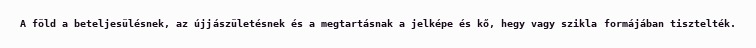
A föld a beteljesülésnek, az újjászületésnek és a megtartásnak a jelképe és kő, hegy vagy szikla formájában tisztelték.